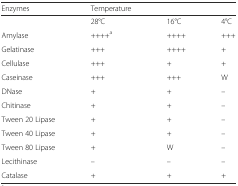
<table><thead><tr><td><b>Enzymes</b></td><td><b>Temperature</b></td><td></td><td></td></tr></thead><tbody><tr><td></td><td>28°C</td><td>16°C</td><td>4°C</td></tr><tr><td>Amylase</td><td>++++<sup>a</sup></td><td>++++</td><td>+++</td></tr><tr><td>Gelatinase</td><td>+++</td><td>++++</td><td>+</td></tr><tr><td>Cellulase</td><td>+++</td><td>+</td><td>+</td></tr><tr><td>Caseinase</td><td>+++</td><td>+++</td><td>W</td></tr><tr><td>DNase</td><td>+</td><td>+</td><td>–</td></tr><tr><td>Chitinase</td><td>+</td><td>+</td><td>–</td></tr><tr><td>Tween 20 Lipase</td><td>+</td><td>+</td><td>–</td></tr><tr><td>Tween 40 Lipase</td><td>+</td><td>+</td><td>–</td></tr><tr><td>Tween 80 Lipase</td><td>+</td><td>W</td><td>–</td></tr><tr><td>Lecithinase</td><td>–</td><td>–</td><td>–</td></tr><tr><td>Catalase</td><td>+</td><td>+</td><td>+</td></tr></tbody></table>